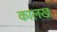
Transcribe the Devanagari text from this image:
कालख